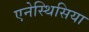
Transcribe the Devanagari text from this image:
एनेस्थिसिया